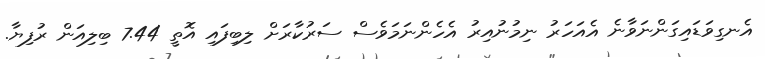
އެނގިވަޑައިގަންނަވާނެ އެއަހަރު ނިމުނުއިރު އެހެންނަމަވެސް ސަރުކާރަށް ލިބިފައި އޮތީ 7.44 ބިލިއަން ރުފިޔާ.